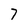
Character: 7